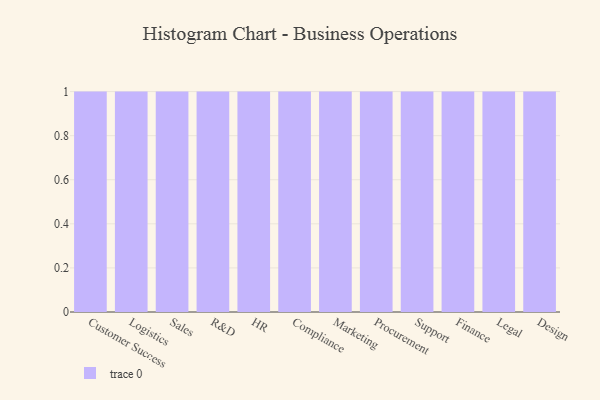
{"axis": {"x": "Department", "y": "Budget (USD K)"}, "legend": [""], "data": [{"x": "Customer Success", "y": 8, "type": ""}, {"x": "Logistics", "y": 82, "type": ""}, {"x": "Sales", "y": 36, "type": ""}, {"x": "R&D", "y": 62, "type": ""}, {"x": "HR", "y": 71, "type": ""}, {"x": "Compliance", "y": 90, "type": ""}, {"x": "Marketing", "y": 23, "type": ""}, {"x": "Procurement", "y": 75, "type": ""}, {"x": "Support", "y": 42, "type": ""}, {"x": "Finance", "y": 57, "type": ""}, {"x": "Legal", "y": 35, "type": ""}, {"x": "Design", "y": 76, "type": ""}]}